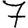
Digit: 7